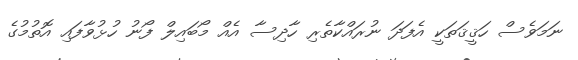
ނަމަވެސް ހަޤީޤަތަކީ އެފަދަ ނުރައްކާތެރި ހާދިސާ އެއް މޯބައިލް ފޯނު ހުޅުވާފައި އޮތުމުގެ